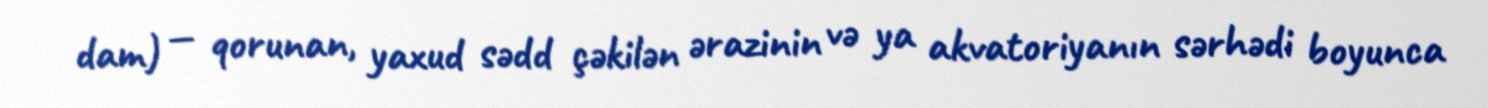
dam) — qorunan, yaxud sədd çəkilən ərazinin və ya akvatoriyanın sərhədi boyunca